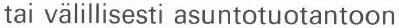
tai välillisesti asuntotuotantoon